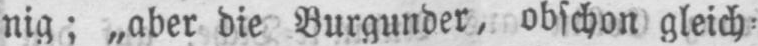
nig; „aber die Burgunder, obschon gleich⸗